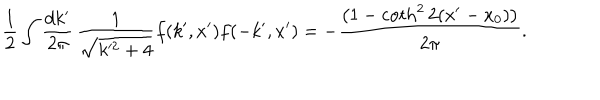
LaTeX: \frac { 1 } { 2 } \int \frac { d k ^ { \prime } } { 2 \pi } \, \frac { 1 } { \sqrt { k ^ { 2 } + 4 } } f ( k ^ { \prime } , x ^ { \prime } ) f ( - k ^ { \prime } , x ^ { \prime } ) = - \frac { \left( 1 - \coth ^ { 2 } 2 ( x ^ { \prime } - x _ { 0 } ) \right) } { 2 \pi } .